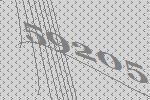
59205